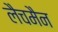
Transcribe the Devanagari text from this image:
लैचमैन